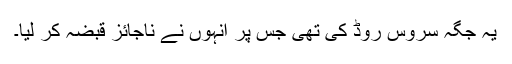
یہ جگہ سروس روڈ کی تھی جس پر انہوں نے ناجائز قبضہ کر لیا۔